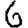
Digit: 6